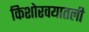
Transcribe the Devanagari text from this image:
किशोरवयातली